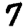
Digit: 7